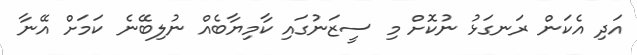
އަދި އެކަން ރަނގަޅު ނުކޮށް މި ސީޒަނުގައި ކާމިޔާބެއް ނުލިބޭނެ ކަމަށް އޭނާ